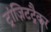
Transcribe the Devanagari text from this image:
ट्रांज़िटट्रैकर